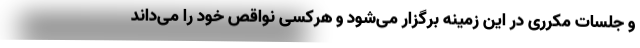
و جلسات مکرری در این زمینه برگزار می‌شود و هرکسی نواقص خود را می‌داند